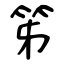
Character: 笫